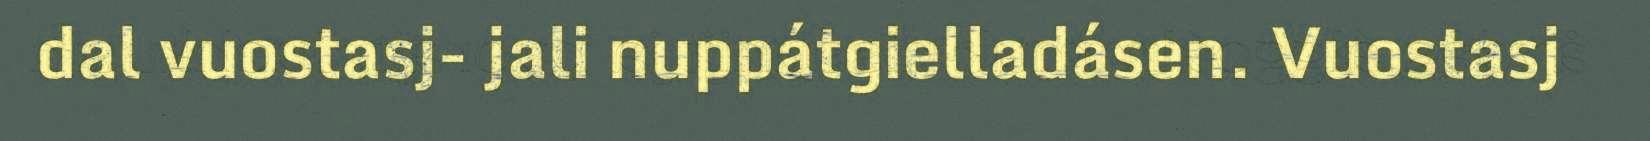
dal vuostasj- jali nuppátgielladásen. Vuostasj